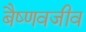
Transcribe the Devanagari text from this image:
बैष्णवजीव